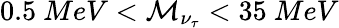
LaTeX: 0.5~MeV<\mathcal{M}_{\nu_{\tau}}<35~MeV